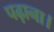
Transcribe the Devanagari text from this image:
पढ़ाना।